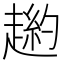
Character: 𧼿